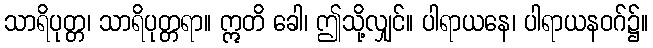
သာရိပုတ္တ၊ သာရိပုတ္တရာ။ ဣတိ ခေါ၊ ဤသို့လျှင်။ ပါရာယနေ၊ ပါရာယနဝဂ်၌။